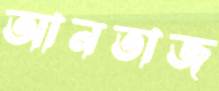
আনতাজ